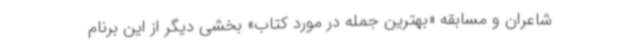
شاعران و مسابقه «بهترین جمله در مورد کتاب» بخشی دیگر از این برنام